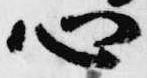
心